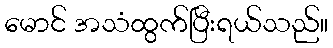
မောင် အသံထွက်ပြီးရယ်သည်။